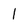
Character: l